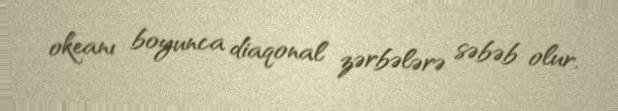
okeanı boyunca diaqonal zərbələrə səbəb olur.